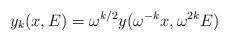
LaTeX: \begin{align*}y_k(x,E)=\omega^{k/2}y(\omega^{-k}x,\omega^{2k}E)\end{align*}